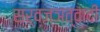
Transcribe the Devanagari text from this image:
सर्वज्ञत्वादी